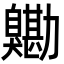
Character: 𦤯